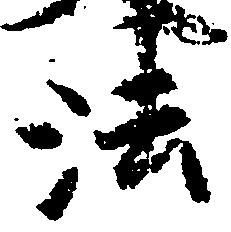
法